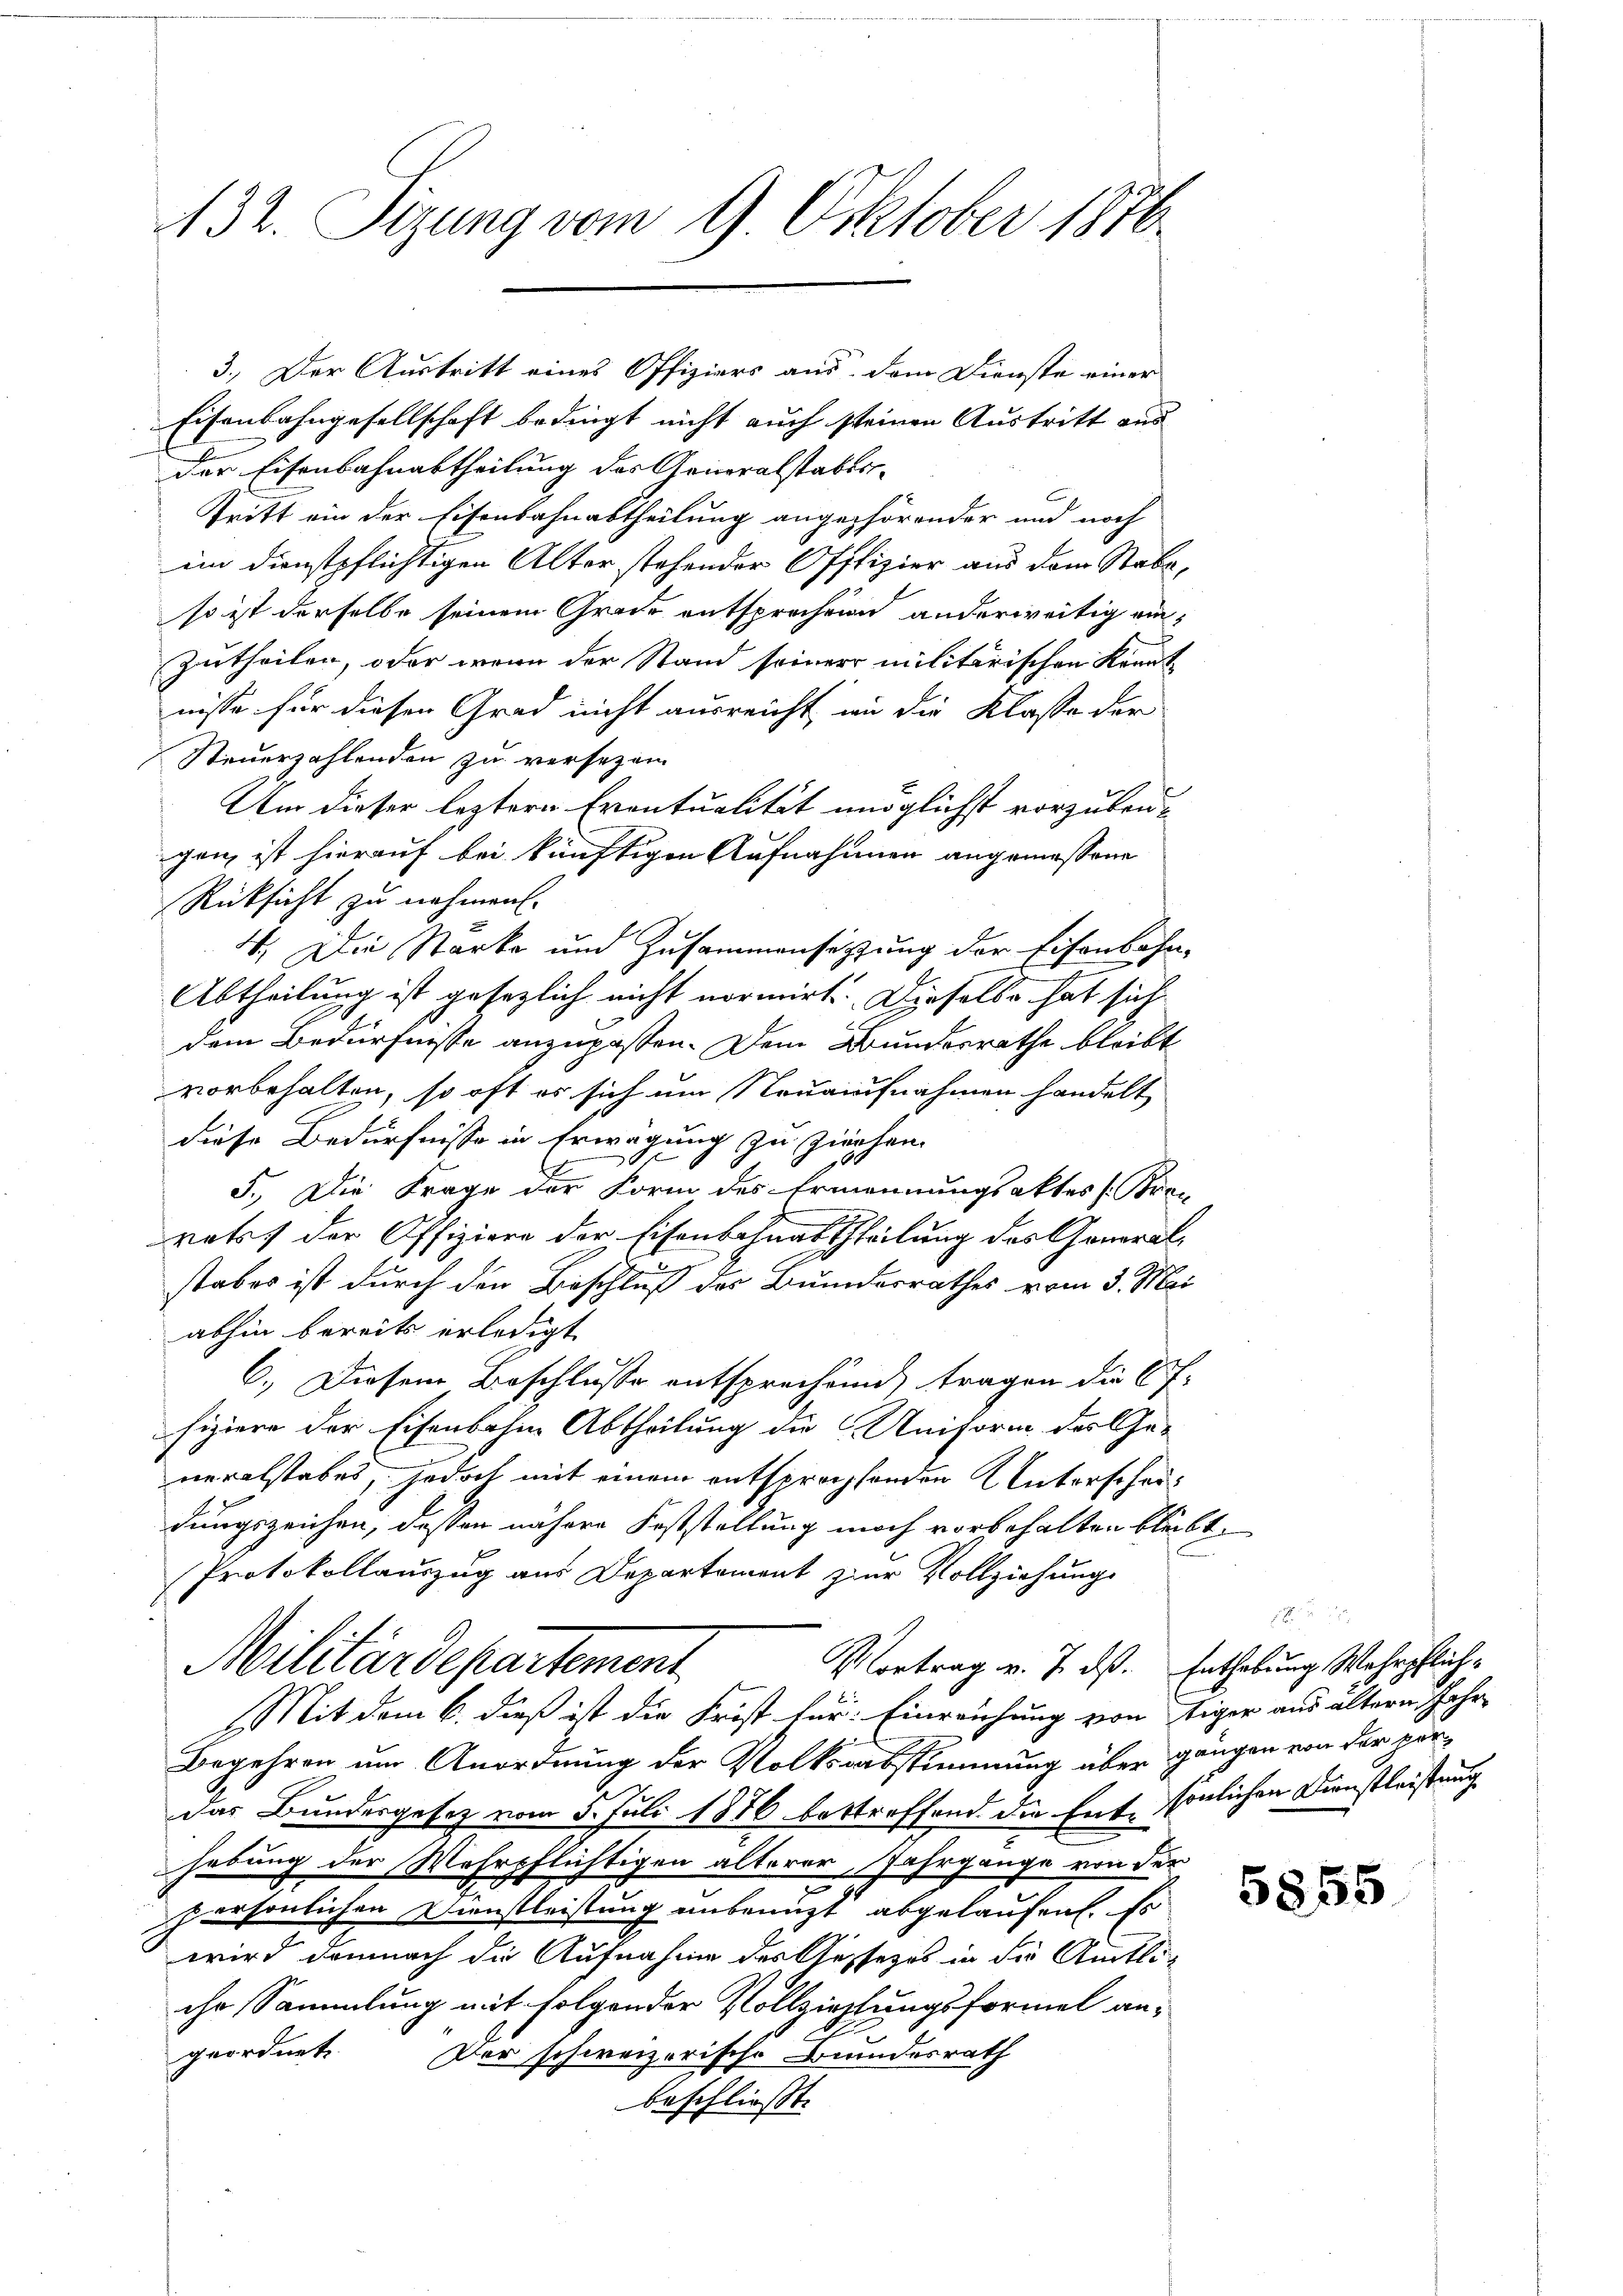
432. Sizung vom 9. Oktober 1876

Eisenbahngesellschaft bedingt nicht auch steinen Austritt aus
der Eisenbahnabtheilung des Generalstabts-
tritt ein der Eisenbahnabtheilung angehörender und noch
im dienstpflichtigen Alter stehender Offizier aus dem Stabe,
so ist derselbe seinem Grade entsprechen anderweitig ein¬
Zutheilen, oder wenn der Stand seiner militärischen Kennt
nisse für diesen Grad nicht ausreicht, wie die Klasse der
Steuerzahlenden zu versezen.
Um dieser leztere Eventualität möglichst vorzubeugen, ist hierauf bei künftigen Aufnahmen angemessene
Rücksicht zu nehmen.
4. Die Starke und Zusammensetzung der Eisenbahn-
Abtheilung ist gesezlich nicht normirt. Dieselbe hat sich
dem Bedürfnisse anzupassen. Dem Bundesrathe bleibt
vorbehalten, so oft es sich um Neuaufnahmen handelt,
diese Bedürfnisse in Erwägung zu ziehen.
J. Die Frage der Form des Ernennungsaktes (Bran
rats der Offiziere der Eisenbahnabtheilung des Gonoralstabes ist durch den Beschluß des Bundesrathes vom 3. Mai
abhin bereits erledigt
6.) Diesem Beschlusse entsprechen, tragen die C.
fiziere der Eisenbahne Abtheilung die Uniform des Ge-
neralstabes, jedoch mit einem entsprachsenden Unterscheidungszeichen, dessen nähere Feststellung noch vorbehalten bleibt.
Protokollauszug aus Departement zur Vollziehung
Militärdepartement
Vortrag v. 7. ds. Enthebung Wehrpflich¬
96
(Mit dem 6. dieß ist die Frist für: Einreichung von tiger aus altern Jahr
Begehren um Anordnung der Volksabstimmung über ganzen von der perdas Bundesgesetz vom 5. Juli 1876 bestreffend die Entsönlichen Dienstleistung
hebung der Wehrpflichtigen älterer, Jahrgange von der
persönlichen Dienstleistung unbenuzt abgelaufen. Es
wird demnach die Aufnahme des Gessezes in die Amtliche Sammlung mit folgender Vollziehlungsformel an-
geordnet. Der schweizerische Bundesrath
beschließt

3.) Der Austritt eines Offiziers aus dem Dienste einer

5855